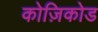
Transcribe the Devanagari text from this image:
कोज़िकोड